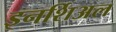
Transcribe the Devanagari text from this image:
इनर्शिअल